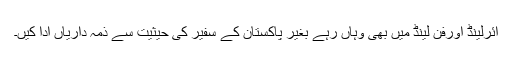
آئرلینڈ اورفن لینڈ میں بھی وہاں رہے بغیر پاکستان کے سفیر کی حیثیت سے ذمہ داریاں ادا کیں۔